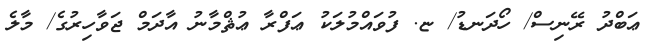
ޢަބްދު ރޭނިސް/ ހޯދަނޑު/ ޏ. ފުވައްމުލަކު ޢަފްރާ ޢުޘްމާނު އާދަމް ޖަވާހިރުގެ/ މާލެ